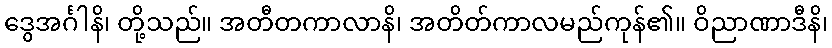
ဒွေအင်္ဂါနိ၊ တို့သည်။ အတီတကာလာနိ၊ အတိတ်ကာလမည်ကုန်၏။ ဝိညာဏာဒီနိ၊